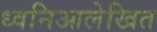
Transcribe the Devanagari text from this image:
ध्वनिआलेखित